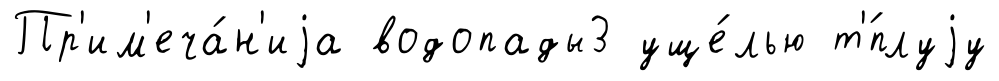
Пр'им'еча́н'иjа водопады3 уще́лью т'́плуjу